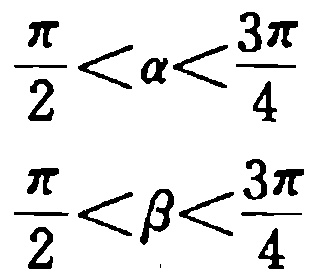
\(\frac{\pi}{2}<\alpha<\frac{3\pi}{4}\)
\(\frac{\pi}{2}<\beta<\frac{3\pi}{4}\)